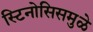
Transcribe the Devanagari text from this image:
स्टिनोसिसमुळे